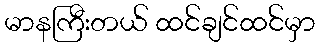
မာနကြီးတယ် ထင်ချင်ထင်မှာ